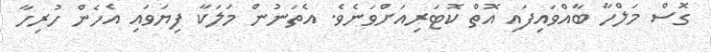
ގޮސް މަލްހާ ބާއްވައިފައި އޮތް ކޮޓަރިއަށްވަނެވެ. އެތަނުން މަލަކާ ފިޔަވައި އެހެން ހުރިހާ